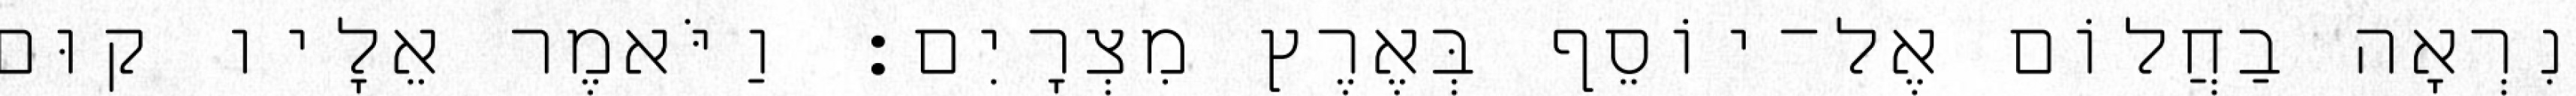
נִרְאָה בַחֲלוֹם אֶל־יוֹסֵף בְּאֶרֶץ מִצְרָיִם׃ וַיֹּאמֶר אֵלָיו קוּם